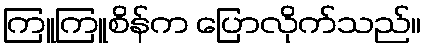
ကြူကြူစိန်က ပြောလိုက်သည်။